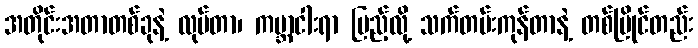
အတိုင်းအတာတစ်ခုနဲ့ လုပ်တာ၊ ကမ္ဘာငါးရာ ပြည့်လို့ သက်တမ်းကုန်တာနဲ့ တစ်ပြိုင်တည်း